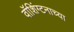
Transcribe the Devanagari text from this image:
वॉशिंग्टनाच्या